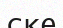
ске